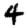
Digit: 4